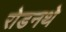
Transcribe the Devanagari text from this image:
रोडनथे